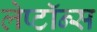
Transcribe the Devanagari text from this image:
लेप्टॉन्स